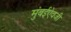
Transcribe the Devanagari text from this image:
मुंबईऐवजी